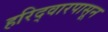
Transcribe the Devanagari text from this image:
हरिद्वारपासून